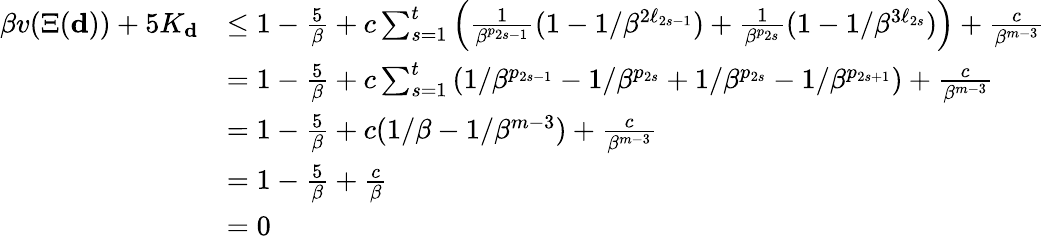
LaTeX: \begin{array}{rl}{\beta v(\Xi(\mathbf d))+5K_{\mathbf{d}}}&{\le 1-\frac 5\beta+c\sum_{s=1}^{t}\left(\frac 1{\beta^{p_{2s-1}}}(1-1/\beta^{2\ell_{2s-1}})+\frac 1{\beta^{p_{2s}}}(1-1/\beta^{3\ell_{2s}})\right)+\frac c{\beta^{m-3}}}\\ &{=1-\frac 5\beta+c\sum_{s=1}^{t}\left(1/\beta^{p_{2s-1}}-1/\beta^{p_{2s}}+1/\beta^{p_{2s}}-1/\beta^{p_{2s+1}}\right)+\frac c{\beta^{m-3}}}\\ &{=1-\frac 5\beta+c(1/\beta-1/\beta^{m-3})+\frac c{\beta^{m-3}}}\\ &{=1-\frac 5\beta+\frac c\beta}\\ &{=0}\end{array}